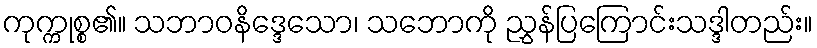
ကုက္ကုစ္စ၏။ သဘာဝနိဒ္ဒေသော၊ သဘောကို ညွှန်ပြကြောင်းသဒ္ဒါတည်း။